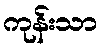
ကုန်းသာ